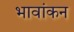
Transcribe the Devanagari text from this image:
भावांकन